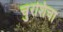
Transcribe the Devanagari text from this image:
चुरशिचा